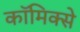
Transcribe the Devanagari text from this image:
काॅमिक्से